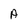
Character: A